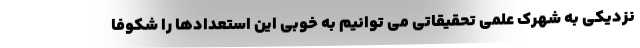
نزدیکی به شهرک علمی تحقیقاتی می توانیم به خوبی این استعدادها را شکوفا